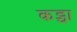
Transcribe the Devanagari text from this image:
कट्चा